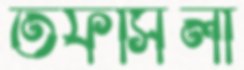
তফসিলী